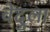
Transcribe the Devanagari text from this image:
वेदुला